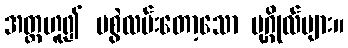
အတ္တဟူ၍ မစွဲလမ်းတော့သော ပုဂ္ဂိုလ်များ။